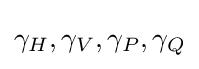
\gamma _{H},\gamma _{V},\gamma _{P},\gamma _{Q}